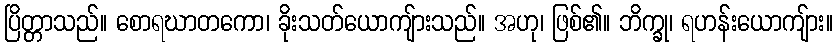
ပြိတ္တာသည်။ စောရဃာတကော၊ ခိုးသတ်ယောကျ်ားသည်။ အဟု၊ ဖြစ်၏။ ဘိက္ခု၊ ရဟန်းယောကျ်ား။